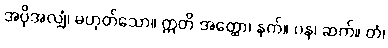
အပိုအလျှံ၊ မဟုတ်သော။ ဣတိ အတ္ထော၊ နက်။ ပန၊ ဆက်။ တံ၊